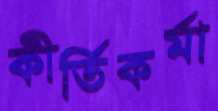
কীর্তিকর্মা